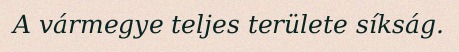
A vármegye teljes területe síkság.